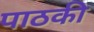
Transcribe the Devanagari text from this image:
पाठकी